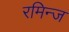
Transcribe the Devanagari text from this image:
रमिन्ज